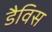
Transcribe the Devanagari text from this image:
डैविस